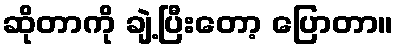
ဆိုတာကို ချဲ့ပြီးတော့ ပြောတာ။